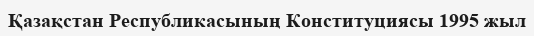
Қазақстан Республикасының Конституциясы 1995 жыл